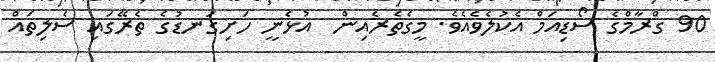
90 ގްރާމްގެ ސޯޑިއަމް އެކުލެވެއެވެ. މީގެތެރެއިން  އުޅެނީ ހަށިގަނޑުގެ ތެރޭގައި ސެލިތައް